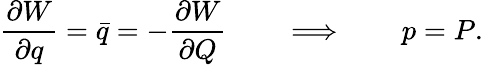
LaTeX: {\frac{\partial W}{\partial q}}=\bar{q}=-{\frac{\partial W}{\partial Q}}\qquad\Longrightarrow\qquad p=P.